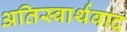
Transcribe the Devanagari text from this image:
अतिस्वार्थवाद